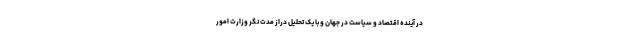
در آینده اقتصاد و سیاست در جهان و با یک تحلیل دراز مدت نگر وزارت امور